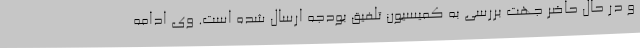
و در حال حاضر جهت بررسی به کمیسیون تلفیق بودجه ارسال شده است. وی ادامه